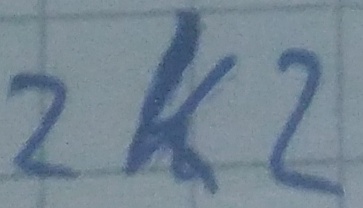
Text: 2K2